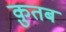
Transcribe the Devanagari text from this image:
क़ुतब